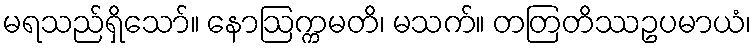
မရသည်ရှိသော်။ နောဩက္ကမတိ၊ မသက်။ တတြတိဿဥပမာယံ၊